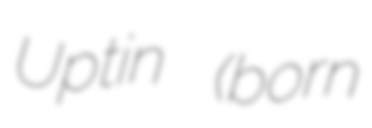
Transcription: Uptin (born